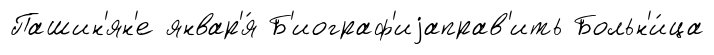
Пашин'ян'е январ'я́ Б'иограф'иjаправ'ить Больн'и́ца